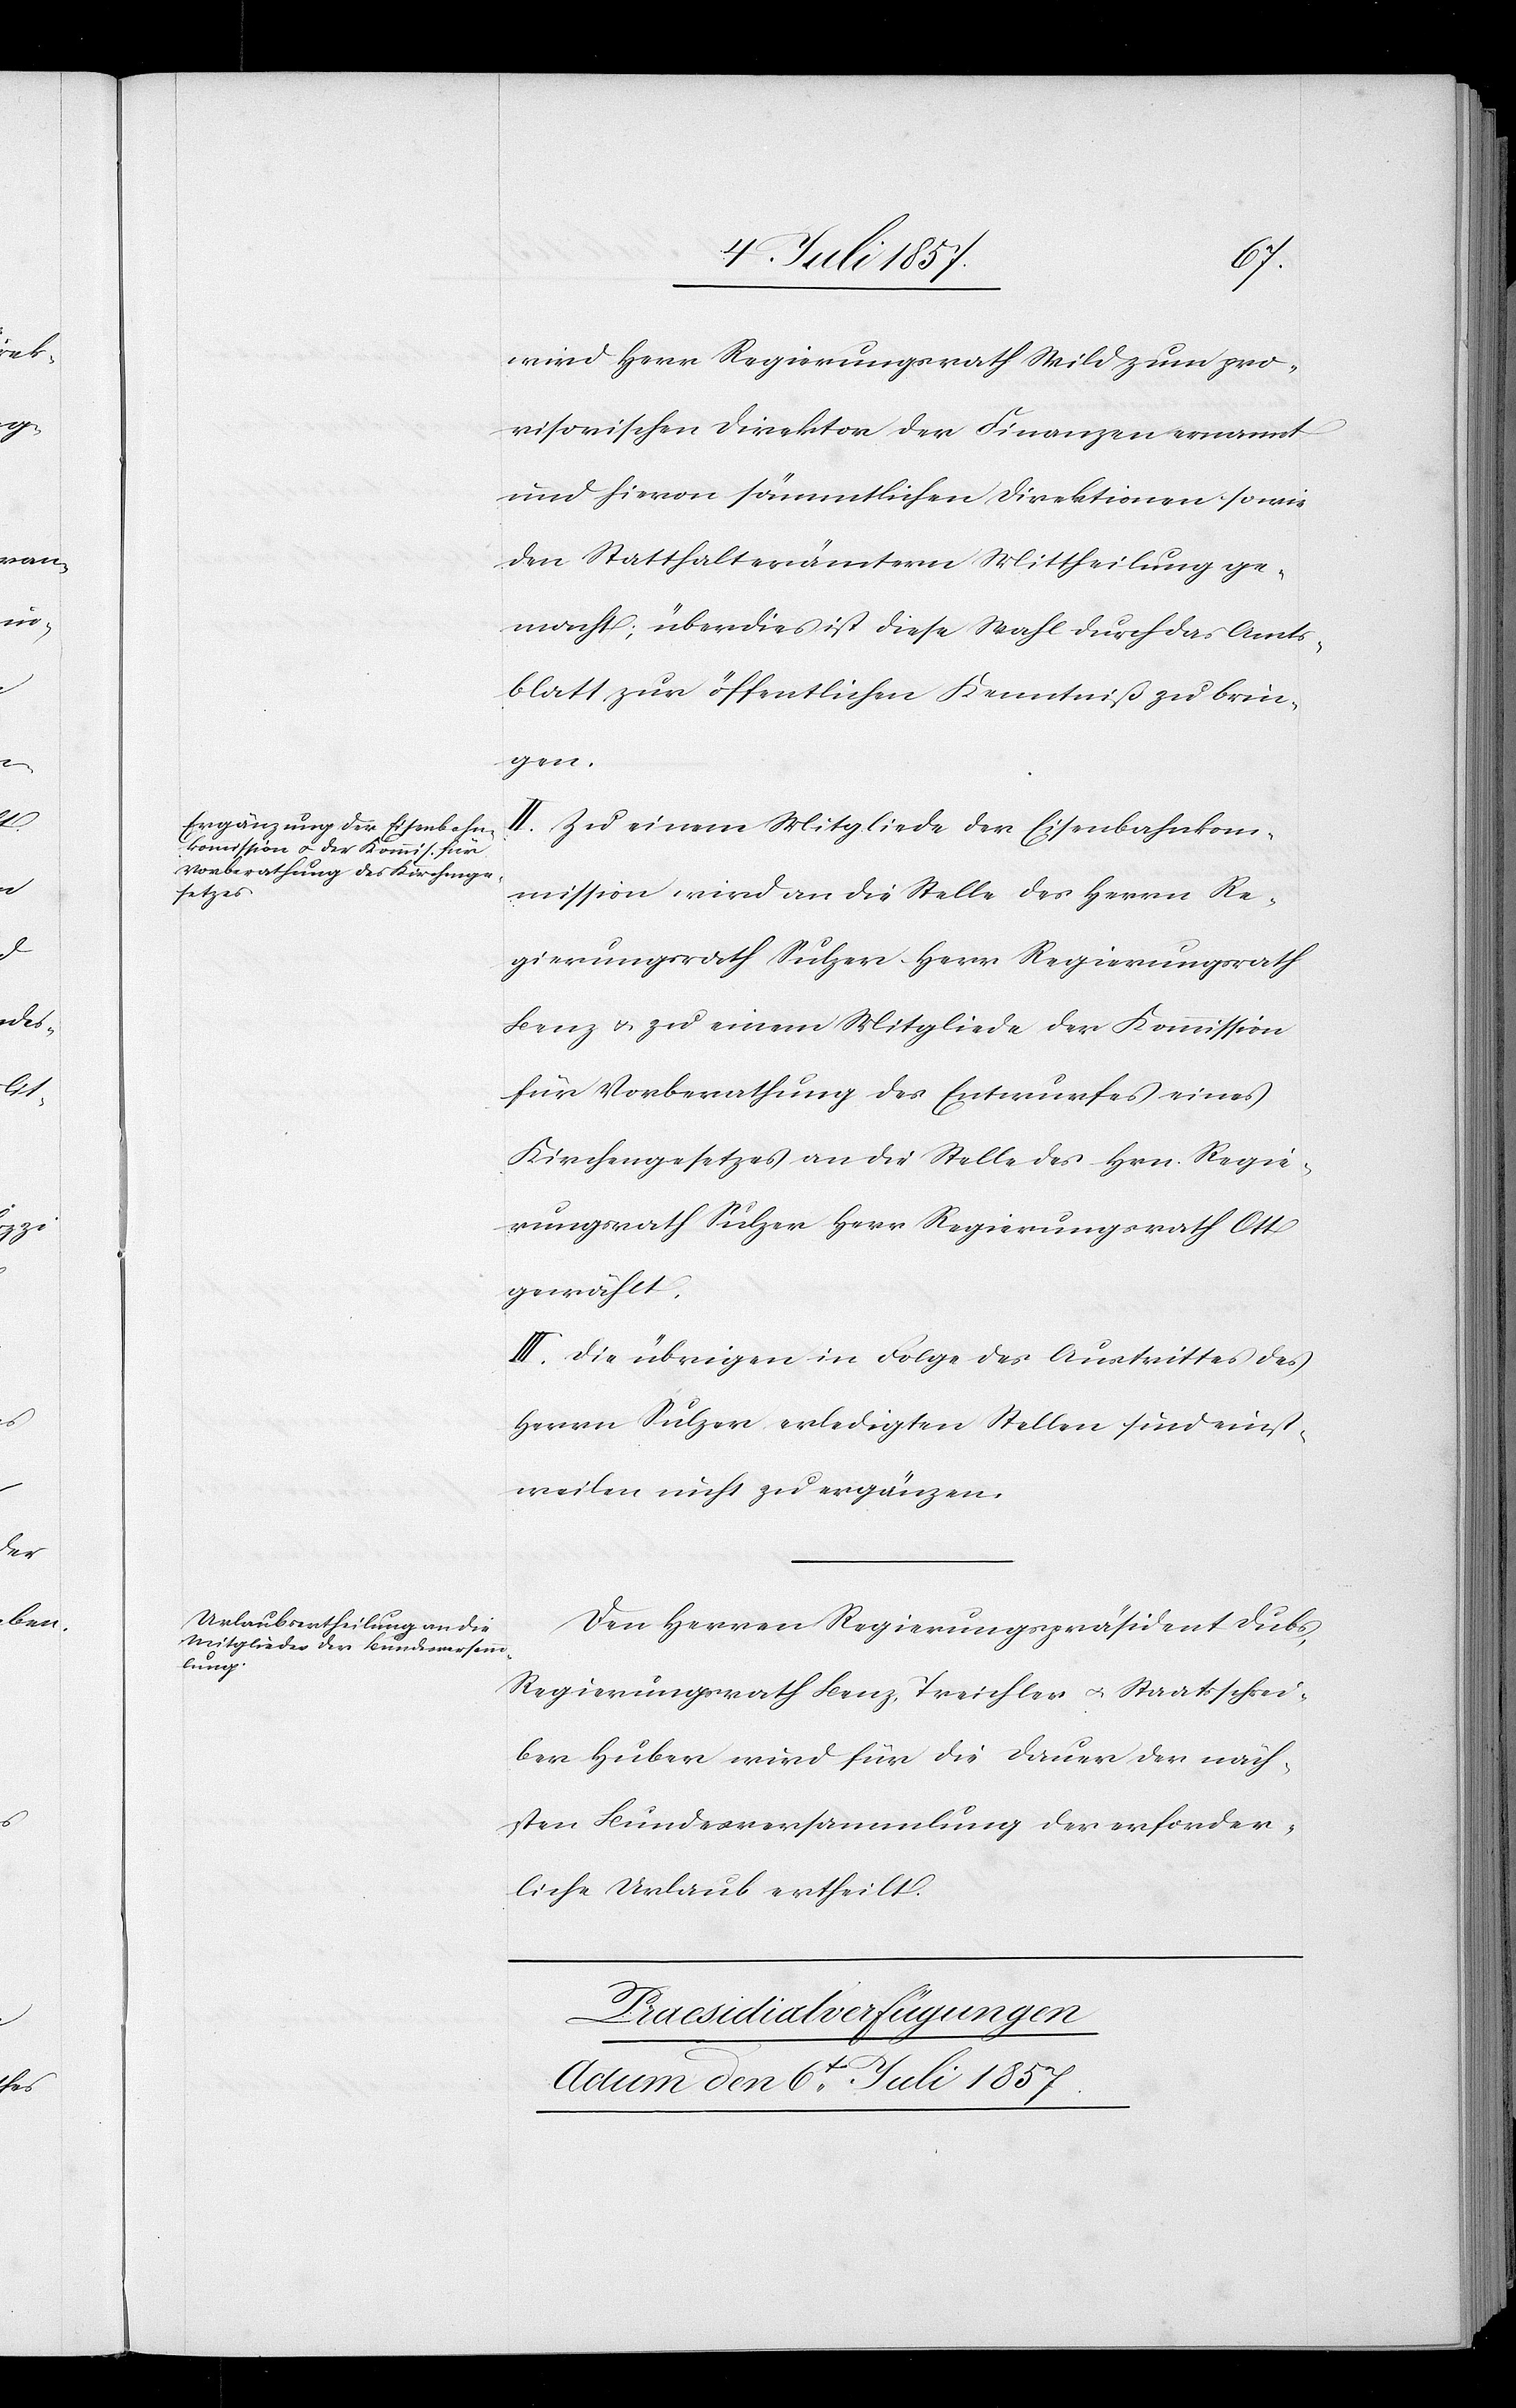
wird Herr Regierungsrath Wild zum pro¬
visorischen Direktor der Finanzen ernannt
und hievon sämmtlichen Direktionen sowie
den Statthalterämtern Mittheilung ge¬
macht, überdieß ist diese Wahl durch das Amts¬
blatt zur öffentlichen Kenntniß zu brin¬
gen.
II. Zu einem Mitgliede der Eisenbahnkom¬
mission wird an die Stelle des Herrn Re¬
gierungsrath Sulzer Herr Regierungsrath
Benz & zu einem Mitgliede der Kommission
für Vorberathung des Entwurfes eines
Kirchengesetzes an die Stelle des Hrn. Regie¬
rungsrath Sulzer Herr Regierungsrath Ott
gewählt.
III. Die übrigen in Folge des Ausschnittes des
Herrn Sulzer erledigten Stellen sind einst¬
weilen nicht zu ergänzen.
Den Herren Regierungspräsident Dubs,
Regierungsrath Benz, Treichler & Staatsschrei¬
ber Huber wird für die Dauer der näch¬
sten Bundesversammlung der erforder¬
liche Urlaub ertheilt.
Praesidialverfügungen
Actum den 6t Juli 1857.